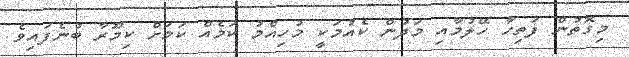
މިގޮތުން ފަތިހާ ހޭލުމާއި މަދުން ކެއުމަކީ މުހިއްމު ކަމެއް ކަމަށް ކިމޫރާ ބުނެފައިވެ